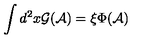
\int d ^ { 2 } x { \mathcal G } ( { \mathcal A } ) = \xi \Phi ( { \mathcal A } )